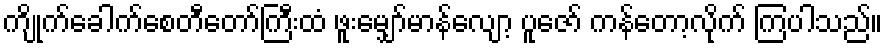
ကျိုက်ခေါက်စေတီတော်ကြီးထံ ဖူးမျှော်မာန်လျော့ ပူဇော် ကန်တော့လိုက် ကြပါသည်။